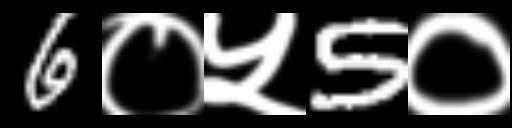
Text: 6०५5०